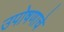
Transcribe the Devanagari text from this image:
उपोषणाचे